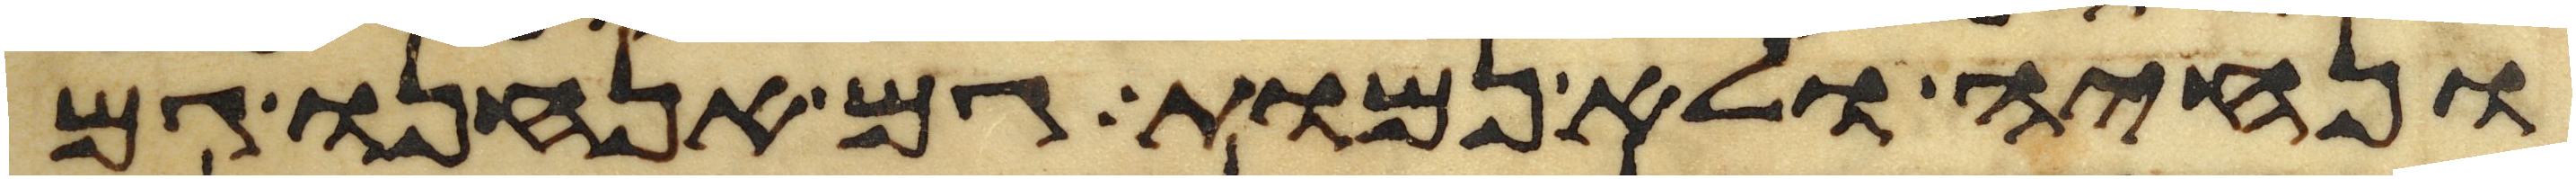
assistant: ונחיה ולא נמות גם אנחנו גם